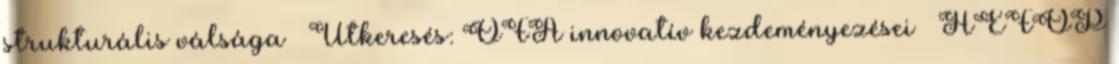
strukturális válsága  Útkeresés: OFA innovatív kezdeményezései  HEFOP